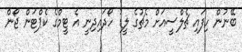
ބޭނުން ހިފައި ޗެލްސީއަށް މެޗުގެ ލީޑު ހޯދައިދިނީ އެ ޓީމްގެ ކެޕްޓަން ޖޯން